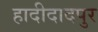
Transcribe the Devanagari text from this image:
हादीदादपुर